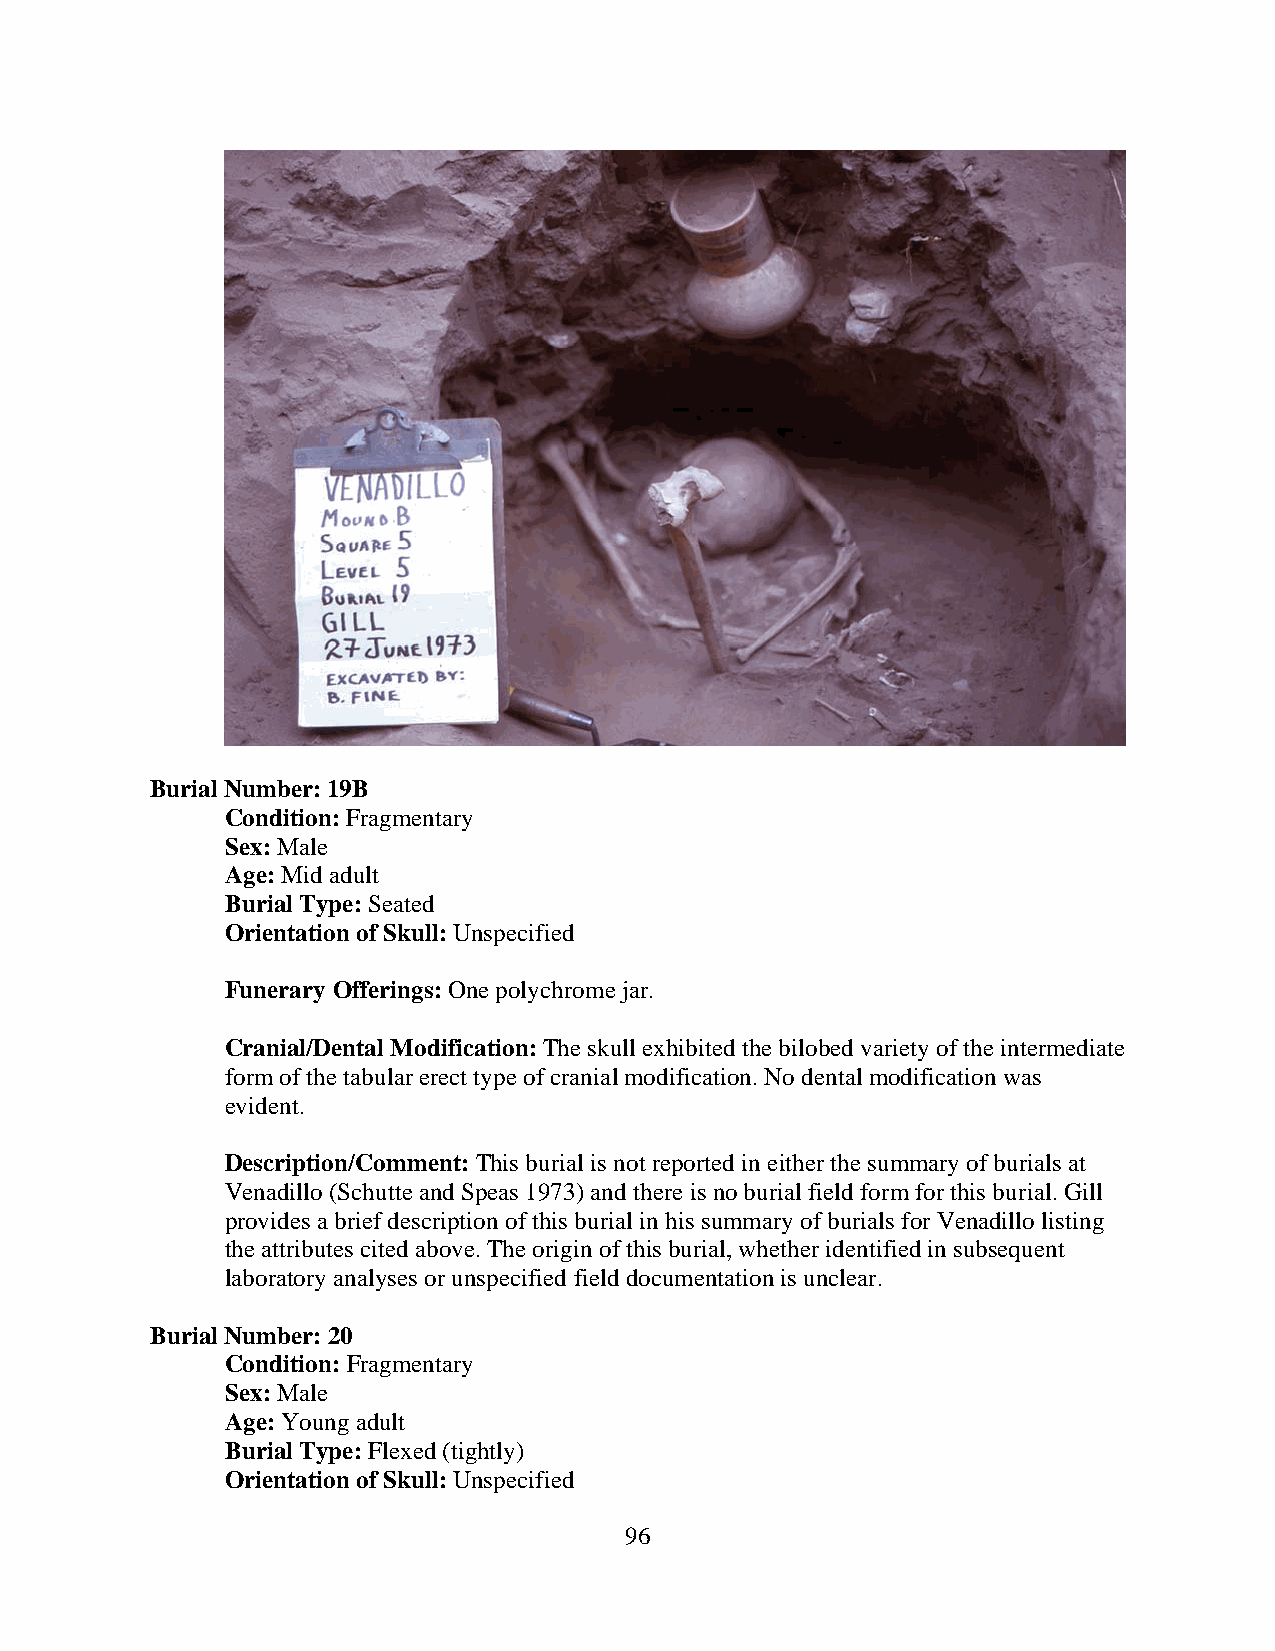
Burial Number: 19B
 Condition: Fragmentary
 Sex: Male
 Age: Mid adult
 Burial Type: Seated
 Orientation of Skull: Unspecified
 Funerary Offerings: One polychrome jar.
 Cranial/Dental Modification: The skull exhibited the bilobed variety of the intermediate
 form of the tabular erect type of cranial modification. No dental modification was
 evident.
 Description/Comment: This burial is not reported in either the summary of burials at
 Venadillo (Schutte and Speas 1973) and there is no burial field form for this burial. Gill
 provides a brief description of this burial in his summary of burials for Venadillo listing
 the attributes cited above. The origin of this burial, whether identified in subsequent
 laboratory analyses or unspecified field documentation is unclear.
 Burial Number: 20
 Condition: Fragmentary
 Sex: Male
 Age: Young adult
 Burial Type: Flexed (tightly)
 Orientation of Skull: Unspecified
 96